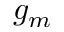
g _ { m }